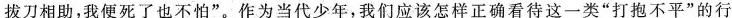
拔刀相助，我便死了也不怕”。作为当代少年，我们应该怎样正确看待这一类”打抱不平”的行